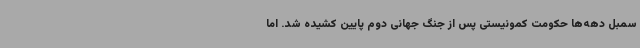
سمبل دهه‌ها حکومت کمونیستی پس از جنگ جهانی دوم پایین کشیده شد. اما